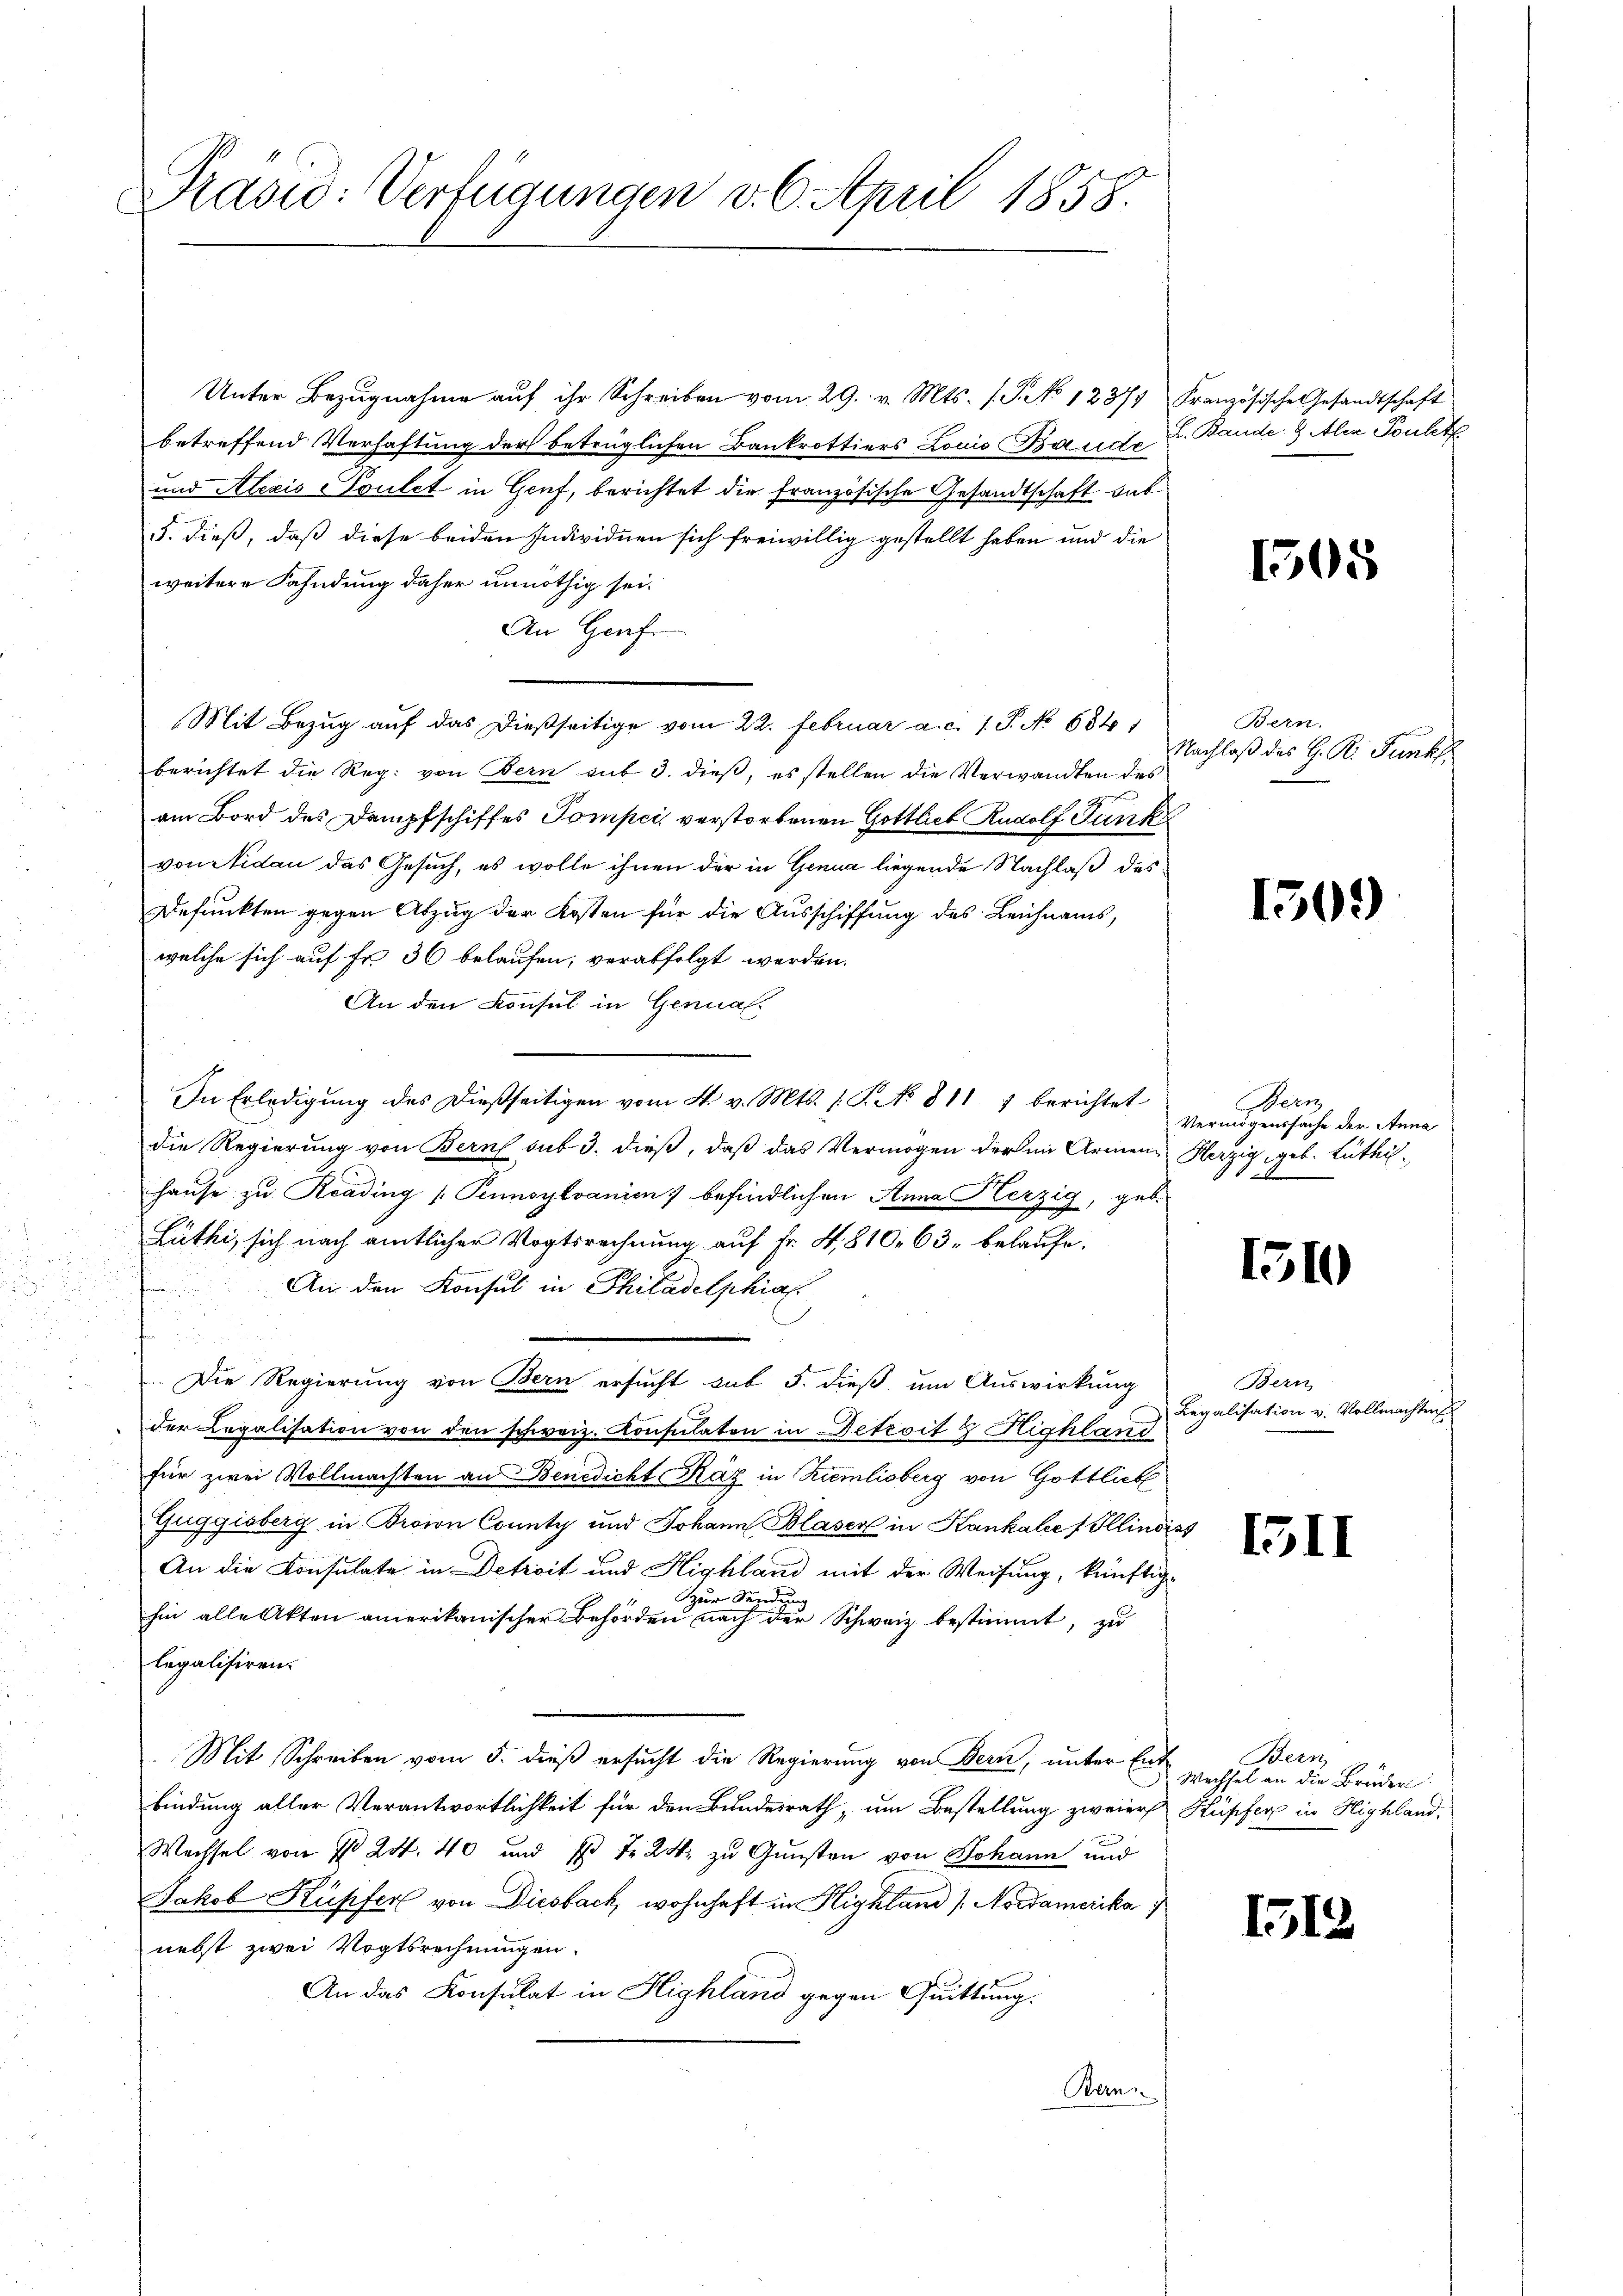
Präsid: Verfügungen d. 6. April 1858.

Unter Bezŭgnahme aŭf ihr Schreiben vom 29. v. Mts. s. S. No 1237 Französische Gesandtschaft
betreffend Verhaftung der betrüglichen Bankrottiers Louis Bande
und Alezis Coulet in Genf, berichtet die französische Gesandtschaft hat
5. dieß, daß diese beiden Individuen sich freiwillig gestellt haben und die
weitere Fahndung daher unnöthig sei.
An Graf.
berichtet die Reg. von Bern auf 3. dieß, es stellen die Verwandten des
am Bord des Dampfschiffes Pompeis verstorbenen Gottlieb Rudolf Funk
von Nidau das Gesuch, es wolle ihnen der in Genua liegende Nachlaß des
Defunkten gegen Abzug der Kosten für die Ausschiffung des Leichnams,
welche sich auf fr. 36 belaufen, verabfolgt werden.
An den Konsul in Genual-
In Erledigung des dießseitigen vom 4. v. Mts. (T. No 811 7 berichtet
die Regierung von Bern sut 3. dieß, daß das Vermögen der im Armen Herzig, geb. Lüthihause zu Reading (Pennsylvanien) befindlichen Anna Herzig, geb.
Lüthi, sich nach amtlicher Vogtsrechnung auf Fr. 4., 810. 63. belaufe.
e
An den Konsul in Philadelphial.
.
Die Regierung von Bern ersucht sub 5. dieß um Auswirkung
der Legalisation von den schweiz. Konsulaten in Detroit 7 Highland
für zwei Vollmachten an Benedicht Käz in Rumlisberg von Gottlieb
Guggisberg in Broin County und Johann Blaser in Hankales Illindiss
An die Konsulate in Detroit und Highland mit der Weisung, künftig¬
1 zur Sendung
hin alle Akten amerikanischer Behörden nach der Schweiz bestimmt, zu
legalisiren.
Mit Schreiben vom 5. dieß ersucht die Regierung von Bern, unter Ent-
bindung aller Verantwortlichkeit für den Bundesrath, um Bestellung zweier Kupfer in Highland,
Wechsel von § 24. 40 und Er f 24 zu Gunsten von Johann und
Jakob Küpfer von Diesbach, wohnhaft in Highland [Nordamerika
nebst zwei Vogtsrechnungen.
An das Konsulat in Highland gegen Quittung.
Bern.

Mit Bezug auf das dießseitige vom 22. Februar a. c. 1. P. No 6841

L. Bande & Alex Touletz

Bern.
Nachlaß des H. R. Funk

Bern
Vermögenssache der Anna

Bern,
Legalisation v. Vollmachters

1508

1509)

151

1511

Bern,
Wechsel an die Brüder

1512